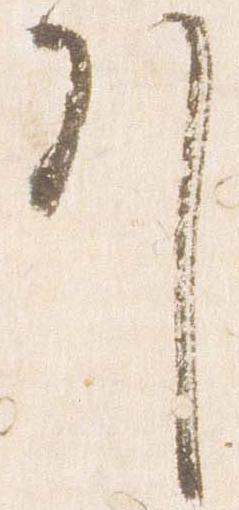
引